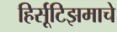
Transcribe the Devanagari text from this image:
हिर्सूटिझमाचे